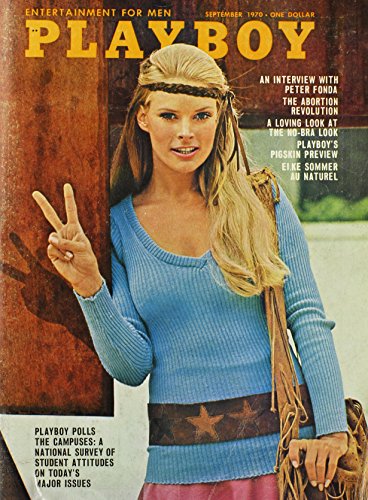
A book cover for Playboy Magazine, September 1970; Humor & Entertainment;